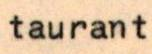
taurant